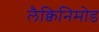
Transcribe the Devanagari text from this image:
लैक्विनिमोड